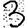
Digit: 3